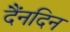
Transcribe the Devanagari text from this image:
दैंनदिन